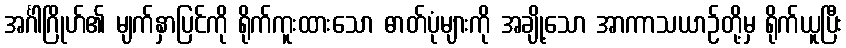
အင်္ဂါဂြိုဟ်၏ မျက်နှာပြင်ကို ရိုက်ကူးထားသော ဓာတ်ပုံများကို အချို့သော အာကာသယာဉ်တို့မှ ရိုက်ယူပြီး